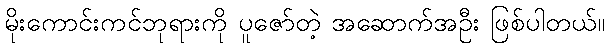
မိုးကောင်းကင်ဘုရားကို ပူဇော်တဲ့ အဆောက်အဦး ဖြစ်ပါတယ်။